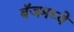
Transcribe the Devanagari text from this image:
बॅजमध्ये